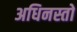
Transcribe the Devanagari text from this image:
अधिनस्तो